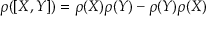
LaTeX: \rho ( [ X , Y ] ) = \rho ( X ) \rho ( Y ) - \rho ( Y ) \rho ( X )